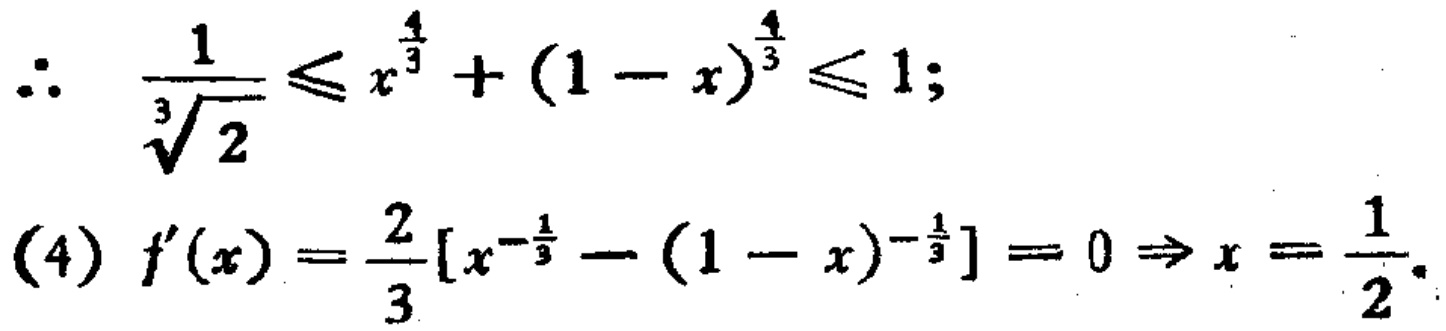
\(\therefore \quad \frac{1}{\sqrt[3]{2}} \leqslant x^{\frac{4}{3}}+(1 - x)^{\frac{4}{3}} \leqslant 1;\)
\((4)\ f^{\prime}(x)=\frac{2}{3}[x^{-\frac{1}{3}}-(1 - x)^{-\frac{1}{3}}]=0\Rightarrow x = \frac{1}{2}.\)